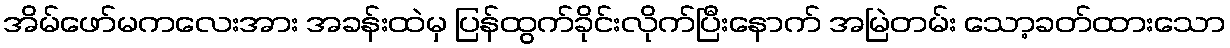
အိမ်ဖော်မကလေးအား အခန်းထဲမှ ပြန်ထွက်ခိုင်းလိုက်ပြီးနောက် အမြဲတမ်း သော့ခတ်ထားသော